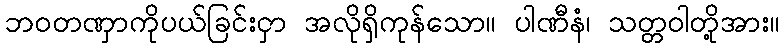
ဘဝတဏှာကိုပယ်ခြင်းငှာ အလိုရှိကုန်သော။ ပါဏီနံ၊ သတ္တဝါတို့အား။